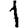
Digit: 1